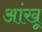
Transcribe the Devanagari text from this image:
आंखू